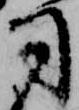
司